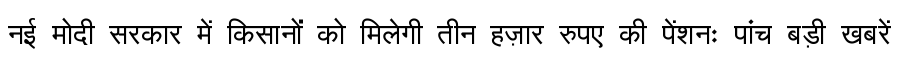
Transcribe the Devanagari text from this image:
नई मोदी सरकार में किसानों को मिलेगी तीन हज़ार रुपए की पेंशनः पांच बड़ी खबरें